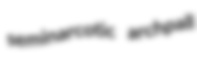
seminarcotic archpall